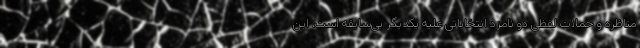
مناظره و حملات لفظی دو نامزد انتخاباتی علیه یکدیگر بی‌سابقه است، این